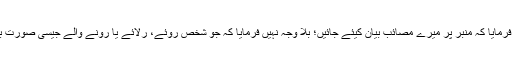
بعض ائمہ(علیہ السلام) نے بلا وجہ نہیں فرمایا کہ منبر پر میرے مصائب بیان کیئے جائیں؛ بلا وجہ نہیں فرمایا کہ جو شخص روئے، رلائے یا رونے والے جیسی صورت بنائے تو اس کا اجر نہ جانے کیا کیا ہے۔